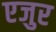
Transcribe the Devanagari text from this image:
एजुर